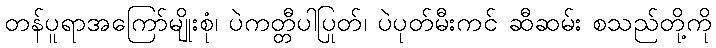
တန်ပူရာအကြော်မျိုးစုံ၊ ပဲကတ္တီပါပြုတ်၊ ပဲပုတ်မီးကင် ဆီဆမ်း စသည်တို့ကို